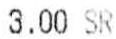
3.00 SR